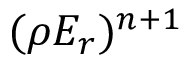
( \rho E _ { r } ) ^ { n + 1 }